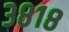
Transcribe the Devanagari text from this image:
३८१८